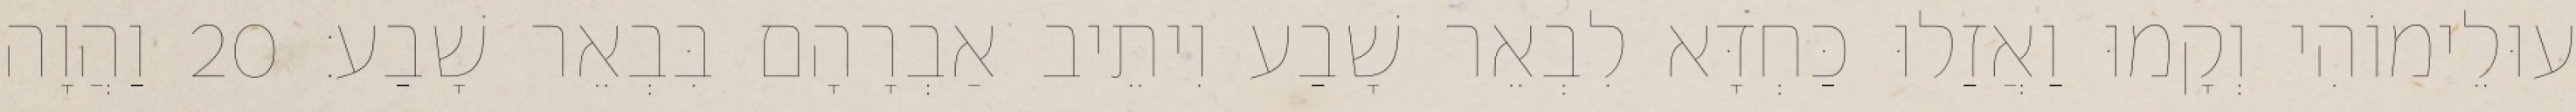
עוּלֵימוֹהִי וְקָמוּ וַאֲזַלוּ כַּחְדָּא לִבְאֵר שָׁבַע וִיתֵיב אַבְרָהָם בִּבְאֵר שָׁבַע׃ 20 וַהֲוָה